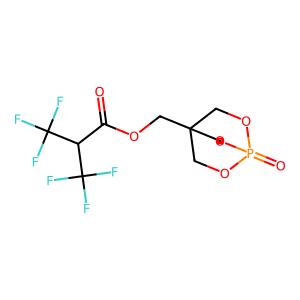
SMILES: O=C(OCC12COP(=O)(OC1)OC2)C(C(F)(F)F)C(F)(F)F
Inhibits HIV replication: No